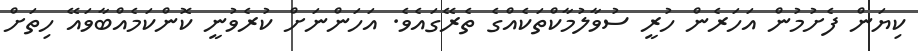
ކިޔަން ފެށުމުން އަހަރެން ހުރީ ސުވާލުމާކްތަކެއްގެ ތެރޭގައެވެ. އަހަންނަށް ކުރެވުނީ ކޮންކަމެއްބާވައޭ ހިތަށް